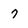
Character: 7